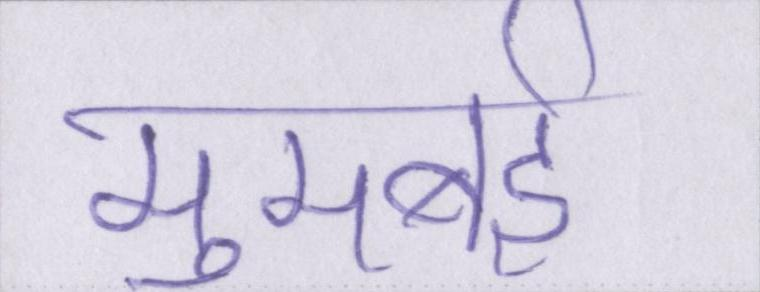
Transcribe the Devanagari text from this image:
मुमबई